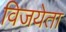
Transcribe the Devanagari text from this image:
विजयेता